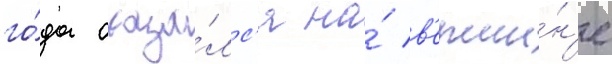
го́да оказа́лс'я на́ в'ерши́н'е